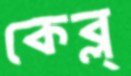
কেব্ল্